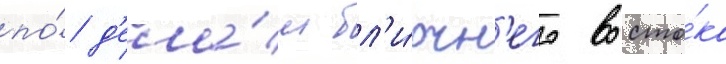
по́ д'ела́м бл'и́жн'его восто́ка